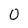
Character: 0